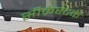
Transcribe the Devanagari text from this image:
सीक्रेस्टके